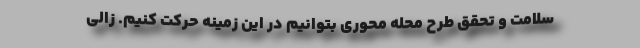
سلامت و تحقق طرح محله محوری بتوانیم در این زمینه حرکت کنیم. زالی